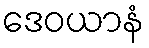
ဒေဝယာနံ